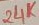
Text: 24K